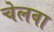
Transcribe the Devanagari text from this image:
चेलवा